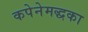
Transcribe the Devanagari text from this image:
कपेनेमद्धका